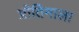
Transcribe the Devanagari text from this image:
प्रीतिमाला